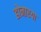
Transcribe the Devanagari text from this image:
होनारया